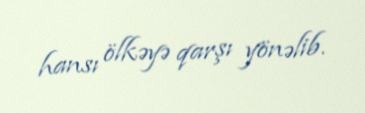
hansı ölkəyə qarşı yönəlib.